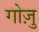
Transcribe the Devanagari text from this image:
गोज़ु